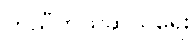
ကူညီကယ်ဆယ်ရေး